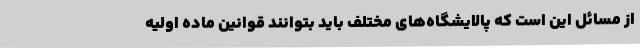
از مسائل این است که پالایشگاه‌های مختلف باید بتوانند قوانین ماده اولیه